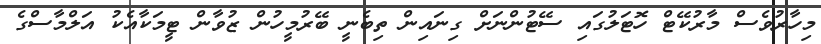
މިހާރުވެސް މާރުކޭޓް ހޮޓަލުގައި ސޭޓުންނަށް ގިނައިން ތިބެނީ ބޭރުމީހުން ޒުވާން ޓީމަކާއެކު އަލްމާސްގެ